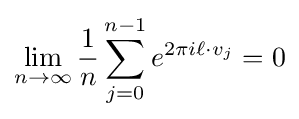
\lim _{n\to \infty }{\frac {1}{n}}\sum _{j=0}^{n-1}e^{2\pi i\ell \cdot v_{j}}=0